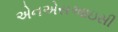
એનએસઆઇસી